Insane asylums in Bengal annual reports 1867-1875 - 1867-1875
Year: 1867
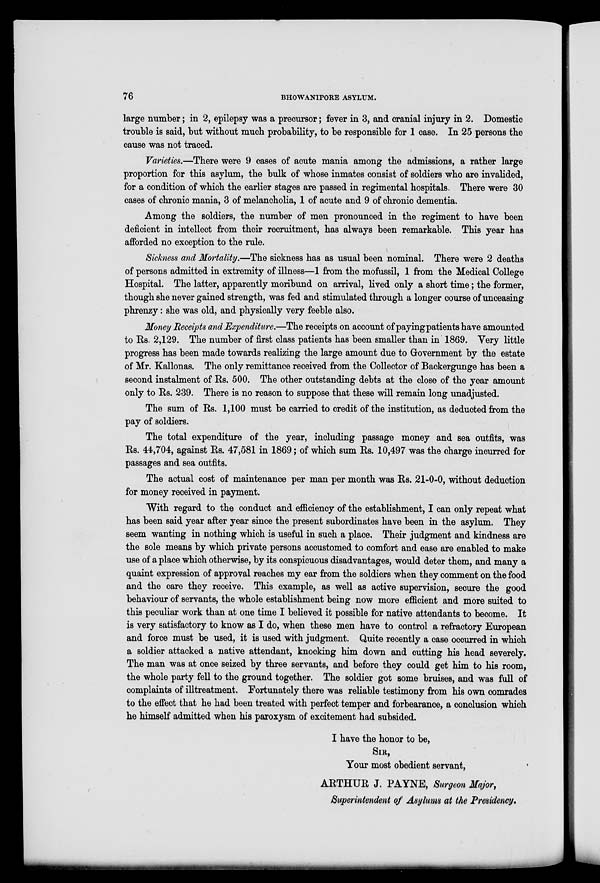
76
BHOWANIPORE ASYLUM.
large number; in 2, epilepsy was a precursor; fever in 3, and cranial injury in 2. Domestic
trouble is said, but without much probability, to be responsible for 1 case. In 25 persons the
cause was not traced.
Varieties.—There were 9 cases of acute mania among the admissions, a rather large
proportion for this asylum, the bulk of whose inmates consist of soldiers who are invalided,
for a condition of which the earlier stages are passed in regimental hospitals. There were 30
cases of chronic mania, 3 of melancholia, 1 of acute and 9 of chronic dementia.
Among the soldiers, the number of men pronounced in the regiment to have been
deficient in intellect from their recruitment, has always been remarkable. This year has
afforded no exception to the rule.
Sickness and Mortality.—The sickness has as usual been nominal. There were 2 deaths
of persons admitted in extremity of illness—1 from the mofussil, 1 from the Medical College
Hospital. The latter, apparently moribund on arrival, lived only a short time; the former,
though she never gained strength, was fed and stimulated through a longer course of unceasing
phrenzy: she was old, and physically very feeble also.
Money Receipts and Expenditure.—The receipts on account of paying patients have amounted
to Rs. 2,129. The number of first class patients has been smaller than in 1869. Very little
progress has been made towards realizing the large amount due to Government by the estate
of Mr. Kallonas. The only remittance received from the Collector of Backergunge has been a
second instalment of Rs. 500. The other outstanding debts at the close of the year amount
only to Rs. 239. There is no reason to suppose that these will remain long unadjusted.
The sum of Rs. 1,100 must be carried to credit of the institution, as deducted from the
pay of soldiers.
The total expenditure of the year, including passage money and sea outfits, was
Rs. 44,704, against Es. 47,581 in 1869; of which sum Rs. 10,497 was the charge incurred for
passages and sea outfits.
The actual cost of maintenance per man per month was Rs. 21-0-0, without deduction
for money received in payment.
With regard to the conduct and efficiency of the establishment, I can only repeat what
has been said year after year since the present subordinates have been in the asylum. They
seem wanting in nothing which is useful in such a place. Their judgment and kindness are
the sole means by which private persons accustomed to comfort and ease are enabled to make
use of a place which otherwise, by its conspicuous disadvantages, would deter them, and many a
quaint expression of approval reaches my ear from the soldiers when they comment on the food
and the care they receive. This example, as well as active supervision, secure the good
behaviour of servants, the whole establishment being now more efficient and more suited to
this peculiar work than at one time I believed it possible for native attendants to become. It
is very satisfactory to know as I do, when these men have to control a refractory European
and force must be used, it is used with judgment. Quite recently a case occurred in which
a soldier attacked a native attendant, knocking him down and cutting his head severely.
The man was at once seized by three servants, and before they could get him to his room,
the whole party fell to the ground together. The soldier got some bruises, and was full of
complaints of illtreatment. Fortunately there was reliable testimony from his own comrades
to the effect that he had been treated with perfect temper and forbearance, a conclusion which
he himself admitted when his paroxysm of excitement had subsided.
I have the honor to be,
SIR,
Your most obedient servant,
ARTHUR J, PAYNE, Surgeon Major,
Superintendent of Asylums at the Presidency.